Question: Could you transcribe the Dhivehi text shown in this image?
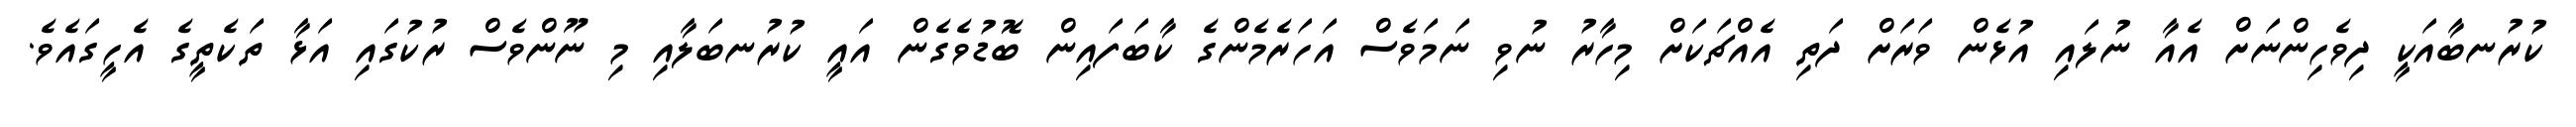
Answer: ކުރުނބާއަކީ ދިވެހިންނަށް އެއާ ނުލައި އުޅެން ވަރަށް ދަތި އެއްޗަކަށް މިހާރު ނުވި ނަމަވެސް އަހަރެމެންގެ ކާބަފައިން ބޮޑުވެގެން އައީ ކުރުނބަލާއި މި ނޫންވެސް ރުކުގައި އަޅާ ތަކެތީގެ އެހީގައެވެ.